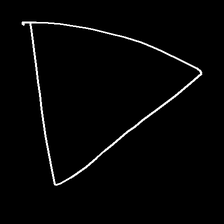
Glyph: convergence